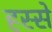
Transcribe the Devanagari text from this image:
हस्से